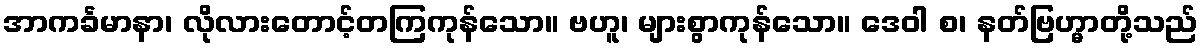
အာကင်္ခမာနာ၊ လိုလားတောင့်တကြကုန်သော။ ဗဟူ၊ များစွာကုန်သော။ ဒေဝါ စ၊ နတ်ဗြဟ္မာတို့သည်